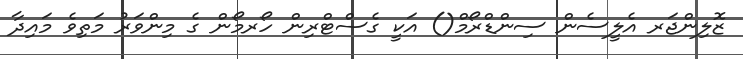
ޒޮލިންޖަރ އެލީސެން ސިންޑްރޯމް() އަކީ ގެސްޓްރިން ހޯރމޯން ގެ މިންވަރު މަތިވެ މައިދާ